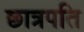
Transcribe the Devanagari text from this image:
छात्रपति